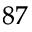
^ { 8 7 }